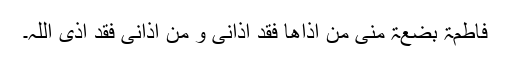
فاطمۃ بضعۃ منی من اذاھا فقد اذانی و من اذانی فقد اذی اللہ۔